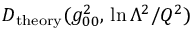
D _ { \mathrm { t h e o r y } } ( g _ { 0 0 } ^ { 2 } , \, \ln \Lambda ^ { 2 } / Q ^ { 2 } )